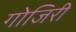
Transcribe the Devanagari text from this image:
गोजिरी